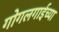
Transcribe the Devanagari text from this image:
गोगलगाईच्या